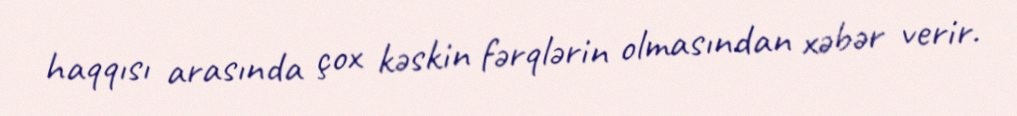
haqqısı arasında çox kəskin fərqlərin olmasından xəbər verir.